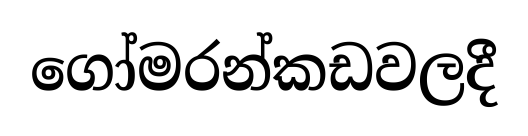
ගෝමරන්කඩවලදී